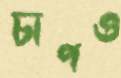
চাপও